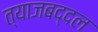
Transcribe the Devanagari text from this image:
त्याजबद्दल